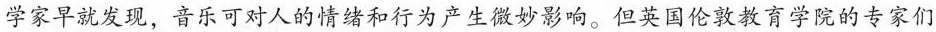
学家早就发现，音乐可对人的情绪和行为产生微妙影响。但英国伦敦教育学院的专家们